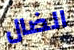
الضال